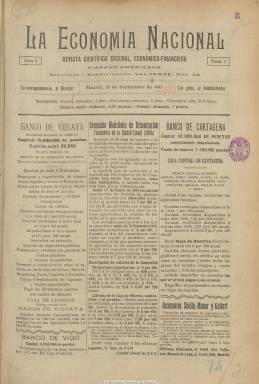
Título: La Economía nacional
Colección: Economía
Ámbito geográfico: Madrid
Lugar de publicación: Madrid
Fechas: 15/09/1913-22/12/1917

Publicación decenal (salía los días 5, 15 y 25 de cada mes), que edita un total de 156 números durante los cinco años que existió: desde el 15 de septiembre de 1913 al 22 de octubre de 1917. Lleva por subtítulo “revista científica decenal, económica-financiera, hispano-americana”. Circuló por España y países de Hispanoamérica y Europa, así como por Estados Unidos y Canadá, teniendo representantes en algunas provincias españolas y en capitales de países extranjeros, como son los casos de Argentina y Uruguay.

En el artículo de su primer número refleja el gran desequilibrio que existía entre la capacidad económica y financiera española de aquéllos años, debido al déficit latente del presupuesto nacional, a los gastos militares en el norte de África y al aumento de la deuda flotante del Tesoro Público, como consecuencia de esa acción militar española en Marruecos, a cuya situación le dedicará especial atención en sus páginas.

Como revista especializada, da cuenta de la actualidad del mundo de las finanzas y del comercio exterior, empezando cada entrega (de 16 páginas) con un artículo de fondo, con estudios económicos, financieros, de comercio, urbanismo, ferrocarriles o de hacienda pública. Tiene secciones específicas con los Cuadros de cotizaciones de las Bolsas de Madrid, Barcelona, Bilbao, París, Londres y Buenos Aires, y comentarios sobre el movimiento de sus valores; así como de Finanzas y Balances de situación de bancos y sociedades de crédito; Balance del Banco de España; una Guía del exportador, con los mercados de productos; y otras de Anuncios oficiales, Revista de revistas, Bibliografía, Notas americanas, Finanzas argentinas, Noticias extranjeras o Ecos de todas partes. También tiene la sección Memorias, y ofrece impresiones sobre las tendencias de los cambios en el extranjero y crónicas de sus redactores y colaboradores sobre la actualidad económica.

Publica asimismo varias páginas (incluida la primera) de reclamos publicitarios, especialmente de bancos y otras entidades financieras y de crédito, así como de servicios profesionales e industrias, apareciendo algún grabado de los productos de estas. Prácticamente carece de ilustraciones, y a partir de la entrega del 25 de febrero de 1916 su portada la ocupará siempre una fotografía de la sede madrileña del Banco de España. Aún así publica algunos otros fotograbados, como las sedes de algunos bancos, o de retratos, como el de Jacinto Benavente o el de Juan Rodríguez López.

Entre las firmas de sus textos aparecen, además del seudónimo Bursátil encargado de la sección del mercado de valores, las de Agustín G. de Amézua, Antonio Herráez Alonso, Benito Guitard, José Enrique Rodó, Pedro de Castilla, Rivas Moreno, Juan Rodríguez López (como corresponsal de Uruguay), V. Villalva (como redactor especial en Méjico), J.S. de Toca, Manuel Baixeiras, del Conde de Romanones o el Vizconde de Eza, entre otras

Cada entrega tiene su propio sumario y forma tomos anuales con índices al final del último número de diciembre de cada año.